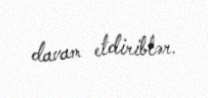
davam etdiriblər.